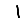
Digit: 1